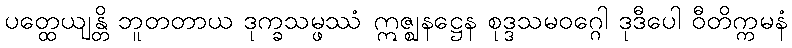
ပတ္ထေယျန္တိ ဘူတတာယ ဒုက္ခသမ္ဖဿံ ဣဇ္ဈနဋ္ဌေန စုဒ္ဒသမဝဂ္ဂေါ ဒုဒီပေါ ဝီတိက္ကမနံ